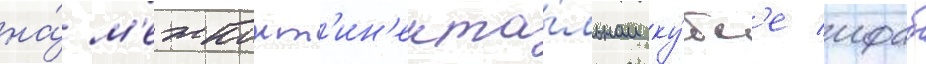
на́ м'ежконт'ин'ента́льном ку́бк'е ифаб